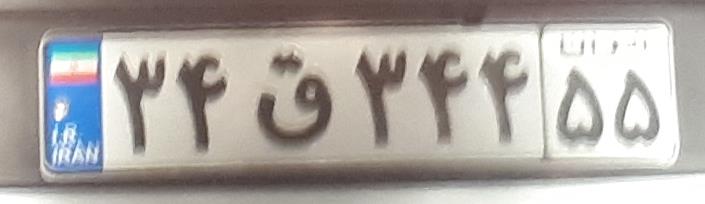
۳۴ق۳۴۴۵۵